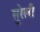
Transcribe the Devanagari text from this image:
सुरेली